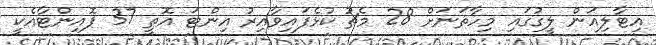
އިޓާލިއަން ލީގުގައި މިހާތަނަށް 28 މެޗު ކުޅެފައިވާއިރު އިންޓަ އޮތީ 37 ޕޮއިންޓާއެކީ